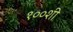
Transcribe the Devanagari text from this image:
१००शी